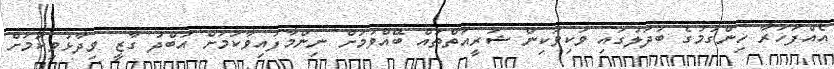
އެއްފަހަރާ ހިންގުމުގެ ބަދަލުގައި ވަކިވަކިން ޝަރީއަތްތައް ބޭއްވުމަށް ނިންމާފައިވާކަމަށް އަބްދު ގާޒީ ވިދާޅުވިކަމަށް